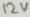
Text: 12V